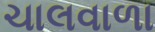
ચાલવાળા